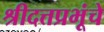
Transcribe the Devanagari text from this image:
श्रीदत्तप्रभूंचे